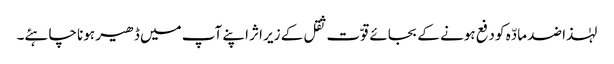
لہٰذا ضد مادّہ کو دفع ہونے کے بجائے قوّت ثقل کے زیر اثر اپنے آپ میں ڈھیر ہونا چاہئے۔